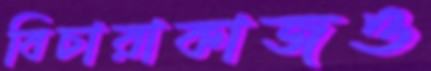
বিচারাকাজও